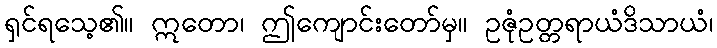
ရှင်ရသေ့၏။ ဣတော၊ ဤကျောင်းတော်မှ။ ဥဇုံဥတ္တရာယံဒိသာယံ၊